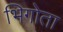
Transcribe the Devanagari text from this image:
भिगोता